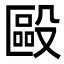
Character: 毆